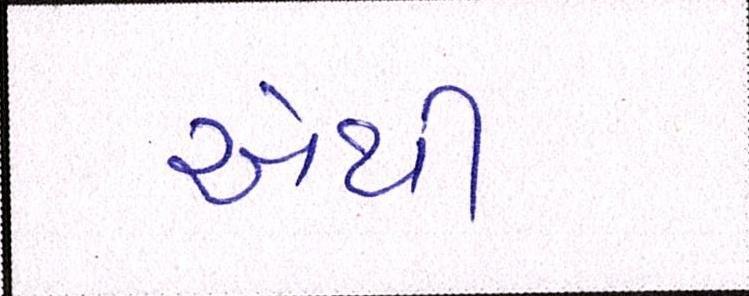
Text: એથી